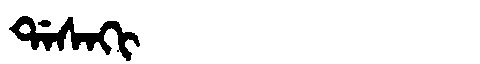
Manchu: ᡩᠠᠰᠠᡴᡳ
Romanization: DASAKI